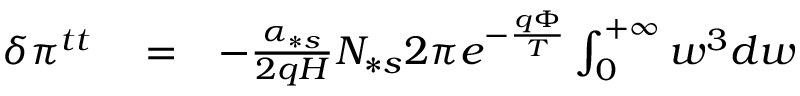
\begin{array} { r l r } { \delta \pi ^ { t t } } & { { } = } & { - \frac { \alpha _ { \ast s } } { 2 q H } N _ { \ast s } 2 \pi e ^ { - \frac { q \Phi } { T } } \int _ { 0 } ^ { + \infty } w ^ { 3 } d w } \end{array}